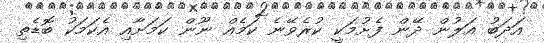
އަދަބު އަލުން ދޭން ފެށުމަކީ ކުރެވޭނެ ކަމެއް ނޫން ކަމަށާއި އެކަމަކު ބޮޑެތި